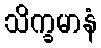
သိက္ခမာနံ